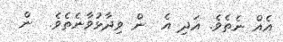
އެއް ނެތެވެ. އަދި އެ  ން ވިދާޅުވާނެތެވެ.  ން